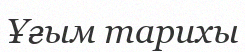
Ұғым тарихы